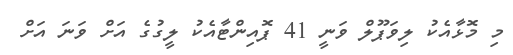
މި މޮޅާއެކު ލިވަޕޫލް ވަނީ 41 ޕޮއިންޓާއެކު ލީގުގެ އަށް ވަނަ އަށް